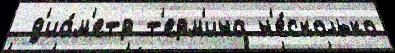
 д'иа́м'етр т'ерм'ина н'е́сколько